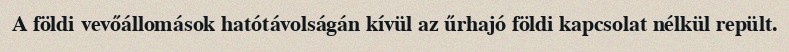
A földi vevőállomások hatótávolságán kívül az űrhajó földi kapcsolat nélkül repült.